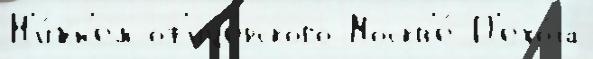
Н'и́жн'ем оф'ице́рского Москв'е́ П'ехо́та